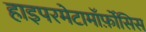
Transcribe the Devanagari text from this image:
हाइपरमेटामॉर्फ़ोसिस